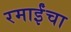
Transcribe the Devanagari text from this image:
रमाईंचा